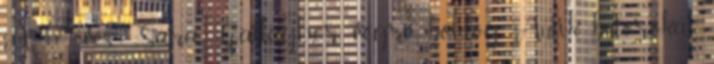
A 33 éves Sara Gallagher végre boldog. Antik bútorokat